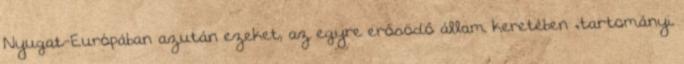
Nyugat-Európában azután ezeket, az egyre erősödő állam keretében „tartományi